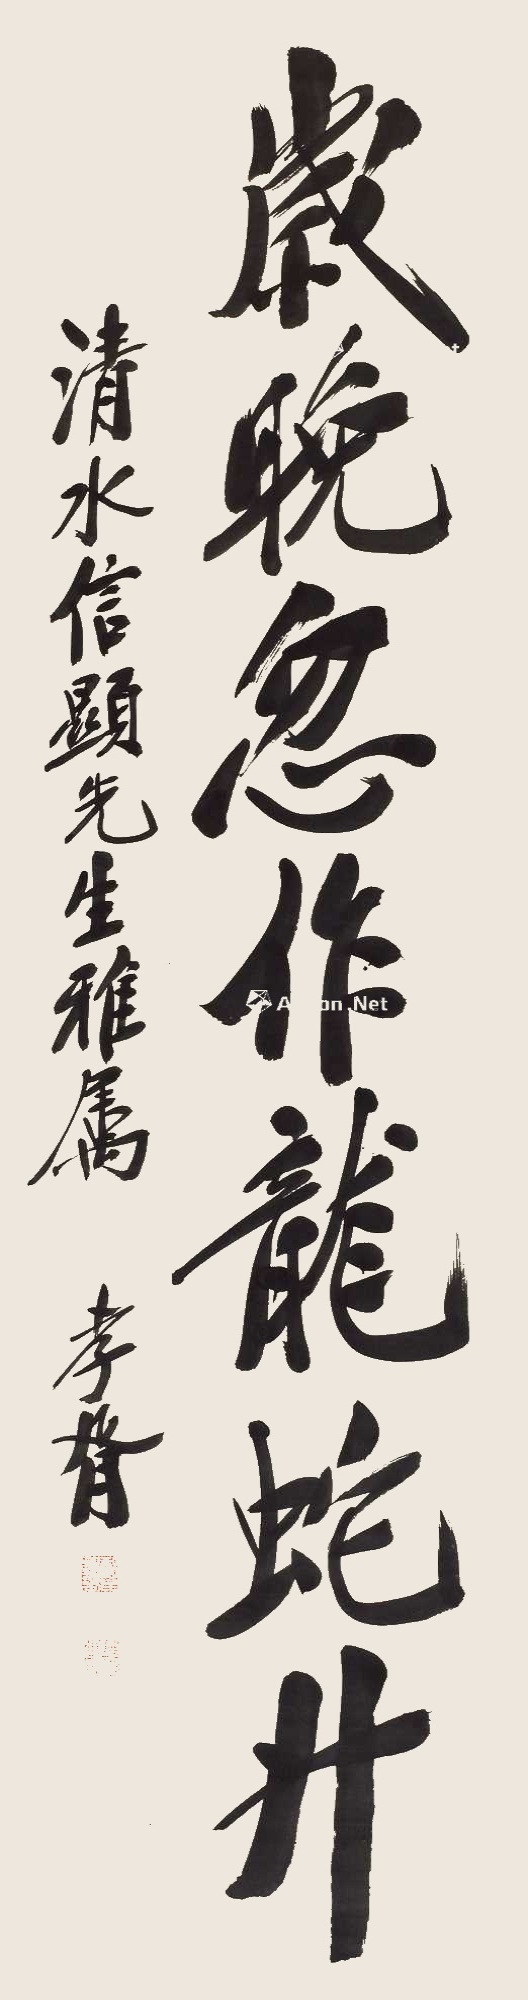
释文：岁晚忽作龙蛇升。清水信显先生雅属，孝胥。